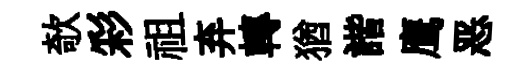
欹彩祖弃轉猶諧鹰恶